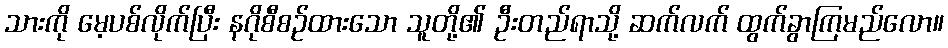
သားကို မေ့ပစ်လိုက်ပြီး နဂိုစီစဉ်ထားသော သူတို့၏ ဦးတည်ရာသို့ ဆက်လက် ထွက်ခွာကြမည်လော။